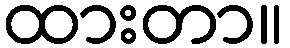
ထားတာ။